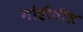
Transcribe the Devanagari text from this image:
गोद्रीतील